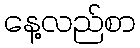
နေ့လည်စာ